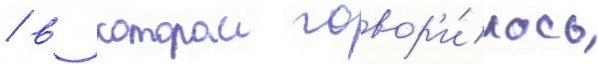
/ в которои говор'и́лось